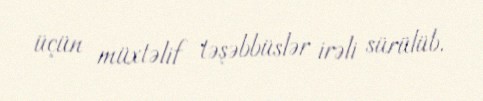
üçün müxtəlif təşəbbüslər irəli sürülüb.